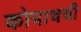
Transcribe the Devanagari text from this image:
कोपाचची